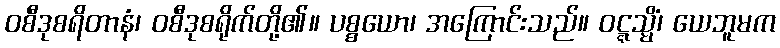
ဝစီဒုစရိတာနံ၊ ဝစီဒုစရိုက်တို့၏။ ပစ္စယော၊ အကြောင်းသည်။ ဝဋ္ဋသ္မိံ၊ ယေဘူမက